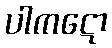
ပါကဋော